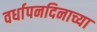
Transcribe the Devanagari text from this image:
वर्धापनदिनाच्या